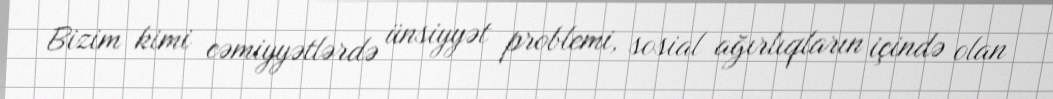
Bizim kimi cəmiyyətlərdə ünsiyyət problemi, sosial ağırlıqların içində olan